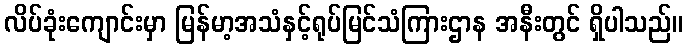
လိပ်ခုံးကျောင်းမှာ မြန်မာ့အသံနှင့်ရုပ်မြင်သံကြားဌာန အနီးတွင် ရှိပါသည်။